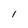
Character: 1